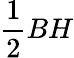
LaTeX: {\frac{1}{2}}BH